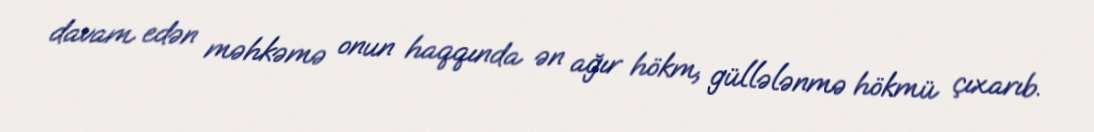
davam edən məhkəmə onun haqqında ən ağır hökm, güllələnmə hökmü çıxarıb.